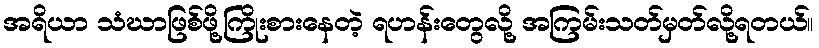
အရိယာ သံဃာဖြစ်ဖို့ကြိုးစားနေတဲ့ ရဟန်းတွေလို့ အကြမ်းသတ်မှတ်လို့ရတယ်။